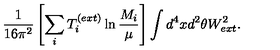
\frac { 1 } { 1 6 \pi ^ { 2 } } \left[ \sum _ { i } T _ { i } ^ { ( e x t ) } \ln \frac { M _ { i } } { \mu } \right] \int d ^ { 4 } x d ^ { 2 } \theta W _ { e x t } ^ { 2 } .